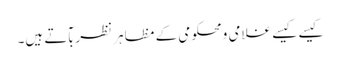
کیسے کیسے غلامی ومحکومی کے مظاہر نظربآتے ہیں۔